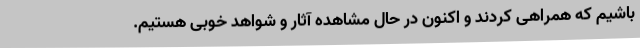
باشیم که همراهی کردند و اکنون در حال مشاهده آثار و شواهد خوبی هستیم.